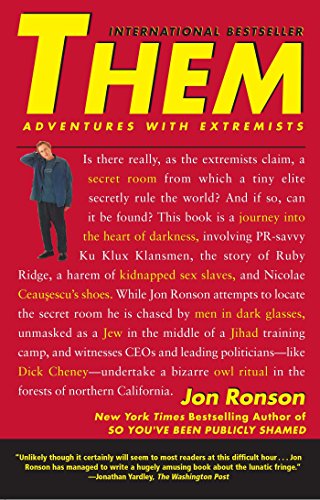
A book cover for Them: Adventures with Extremists; Jon Ronson; Politics & Social Sciences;